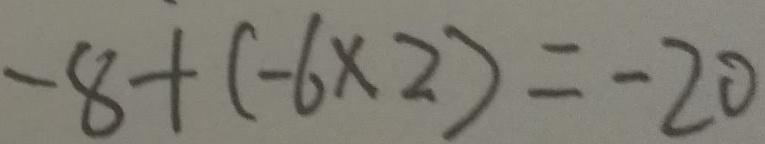
- 8 + ( - 6 \times 2 ) = - 2 0